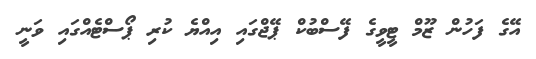
އޭގެ ފަހުން ޒޫމް ޓީވީގެ ފޭސްބުކް ޕޭޖްގައި އިއްޔެ ކުރި ޕޯސްޓެއްގައި ވަނީ